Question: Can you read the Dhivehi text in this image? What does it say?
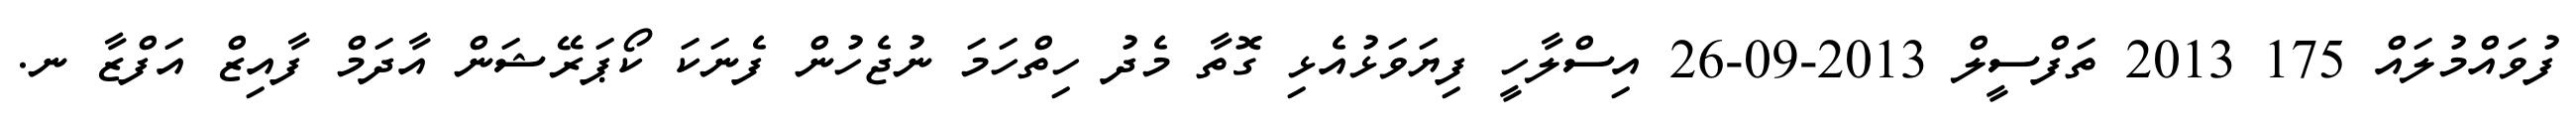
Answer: ފުވައްމުލައް 175 2013 ތަފްސީލް 2013-09-26 އިސްލާހީ ފިޔަވަޅުއެޅި ގޮތާ މެދު ހިތްހަމަ ނުޖެހުން ފެނަކަ ކޯޕަރޭޝަން އާދަމް ފާއިޒް އަފްޒާ ނ.